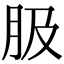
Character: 䏜